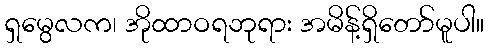
ရှမွေလက၊ အိုထာဝရဘုရား အမိန့်ရှိတော်မူပါ။